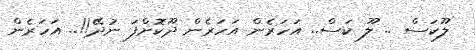
ލޫކަސް .. ލޫ ކަސް.. އަހަރެން އަހަރެން ދޫކޮށްފަ ނުދޭ!!.. އަހަރެން